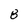
Character: 8